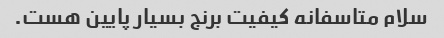
سلام متاسفانه کیفیت برنج بسیار پایین هست.